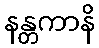
နန္တကာနိ